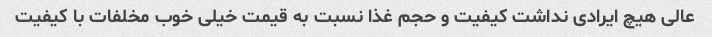
عالی هیچ ایرادی نداشت کیفیت و حجم غذا نسبت به قیمت خیلی خوب مخلفات با کیفیت